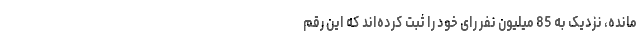
مانده، نزدیک به 85 میلیون نفر رای خود را ثبت کرده‌اند که این رقم